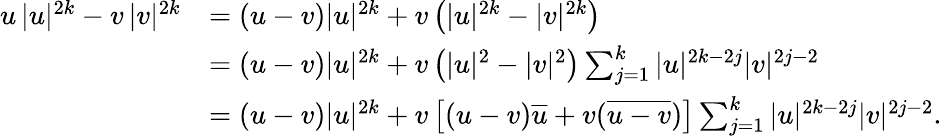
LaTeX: \begin{array}{rl}{u\, |u|^{2k}-v\, |v|^{2k}}&{=(u-v)|u|^{2k}+v\left(|u|^{2k}-|v|^{2k}\right)}\\ &{=(u-v)|u|^{2k}+v\left(|u|^{2}-|v|^{2}\right)\sum_{j=1}^{k}|u|^{2k-2j}|v|^{2j-2}}\\ &{=(u-v)|u|^{2k}+v\left[(u-v)\overline{{u}}+v(\overline{{u-v}})\right]\sum_{j=1}^{k}|u|^{2k-2j}|v|^{2j-2}.}\end{array}